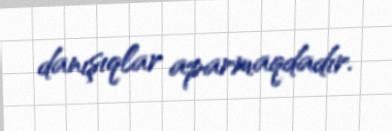
danışıqlar aparmaqdadır.